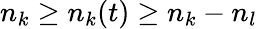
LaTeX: n_{k}\ge n_{k}(t)\ge n_{k}-n_{l}